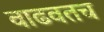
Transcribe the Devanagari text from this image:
वाढवतच